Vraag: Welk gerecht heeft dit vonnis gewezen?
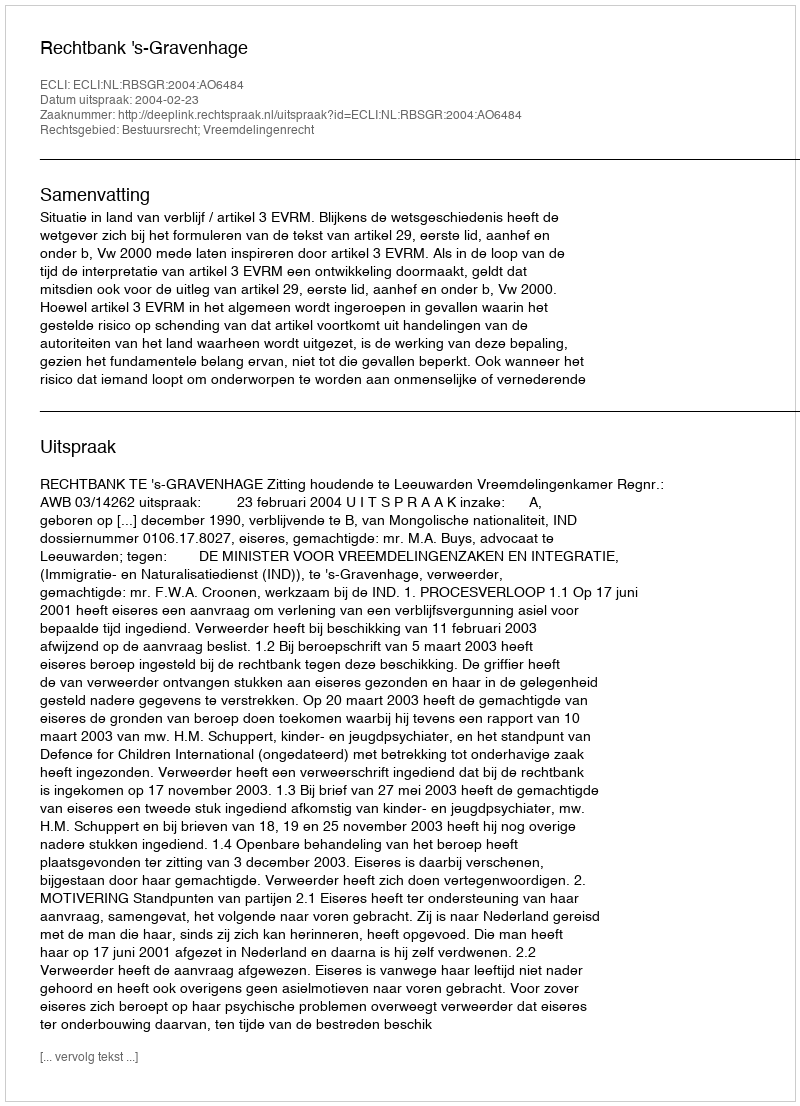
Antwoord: Rechtbank 's-Gravenhage